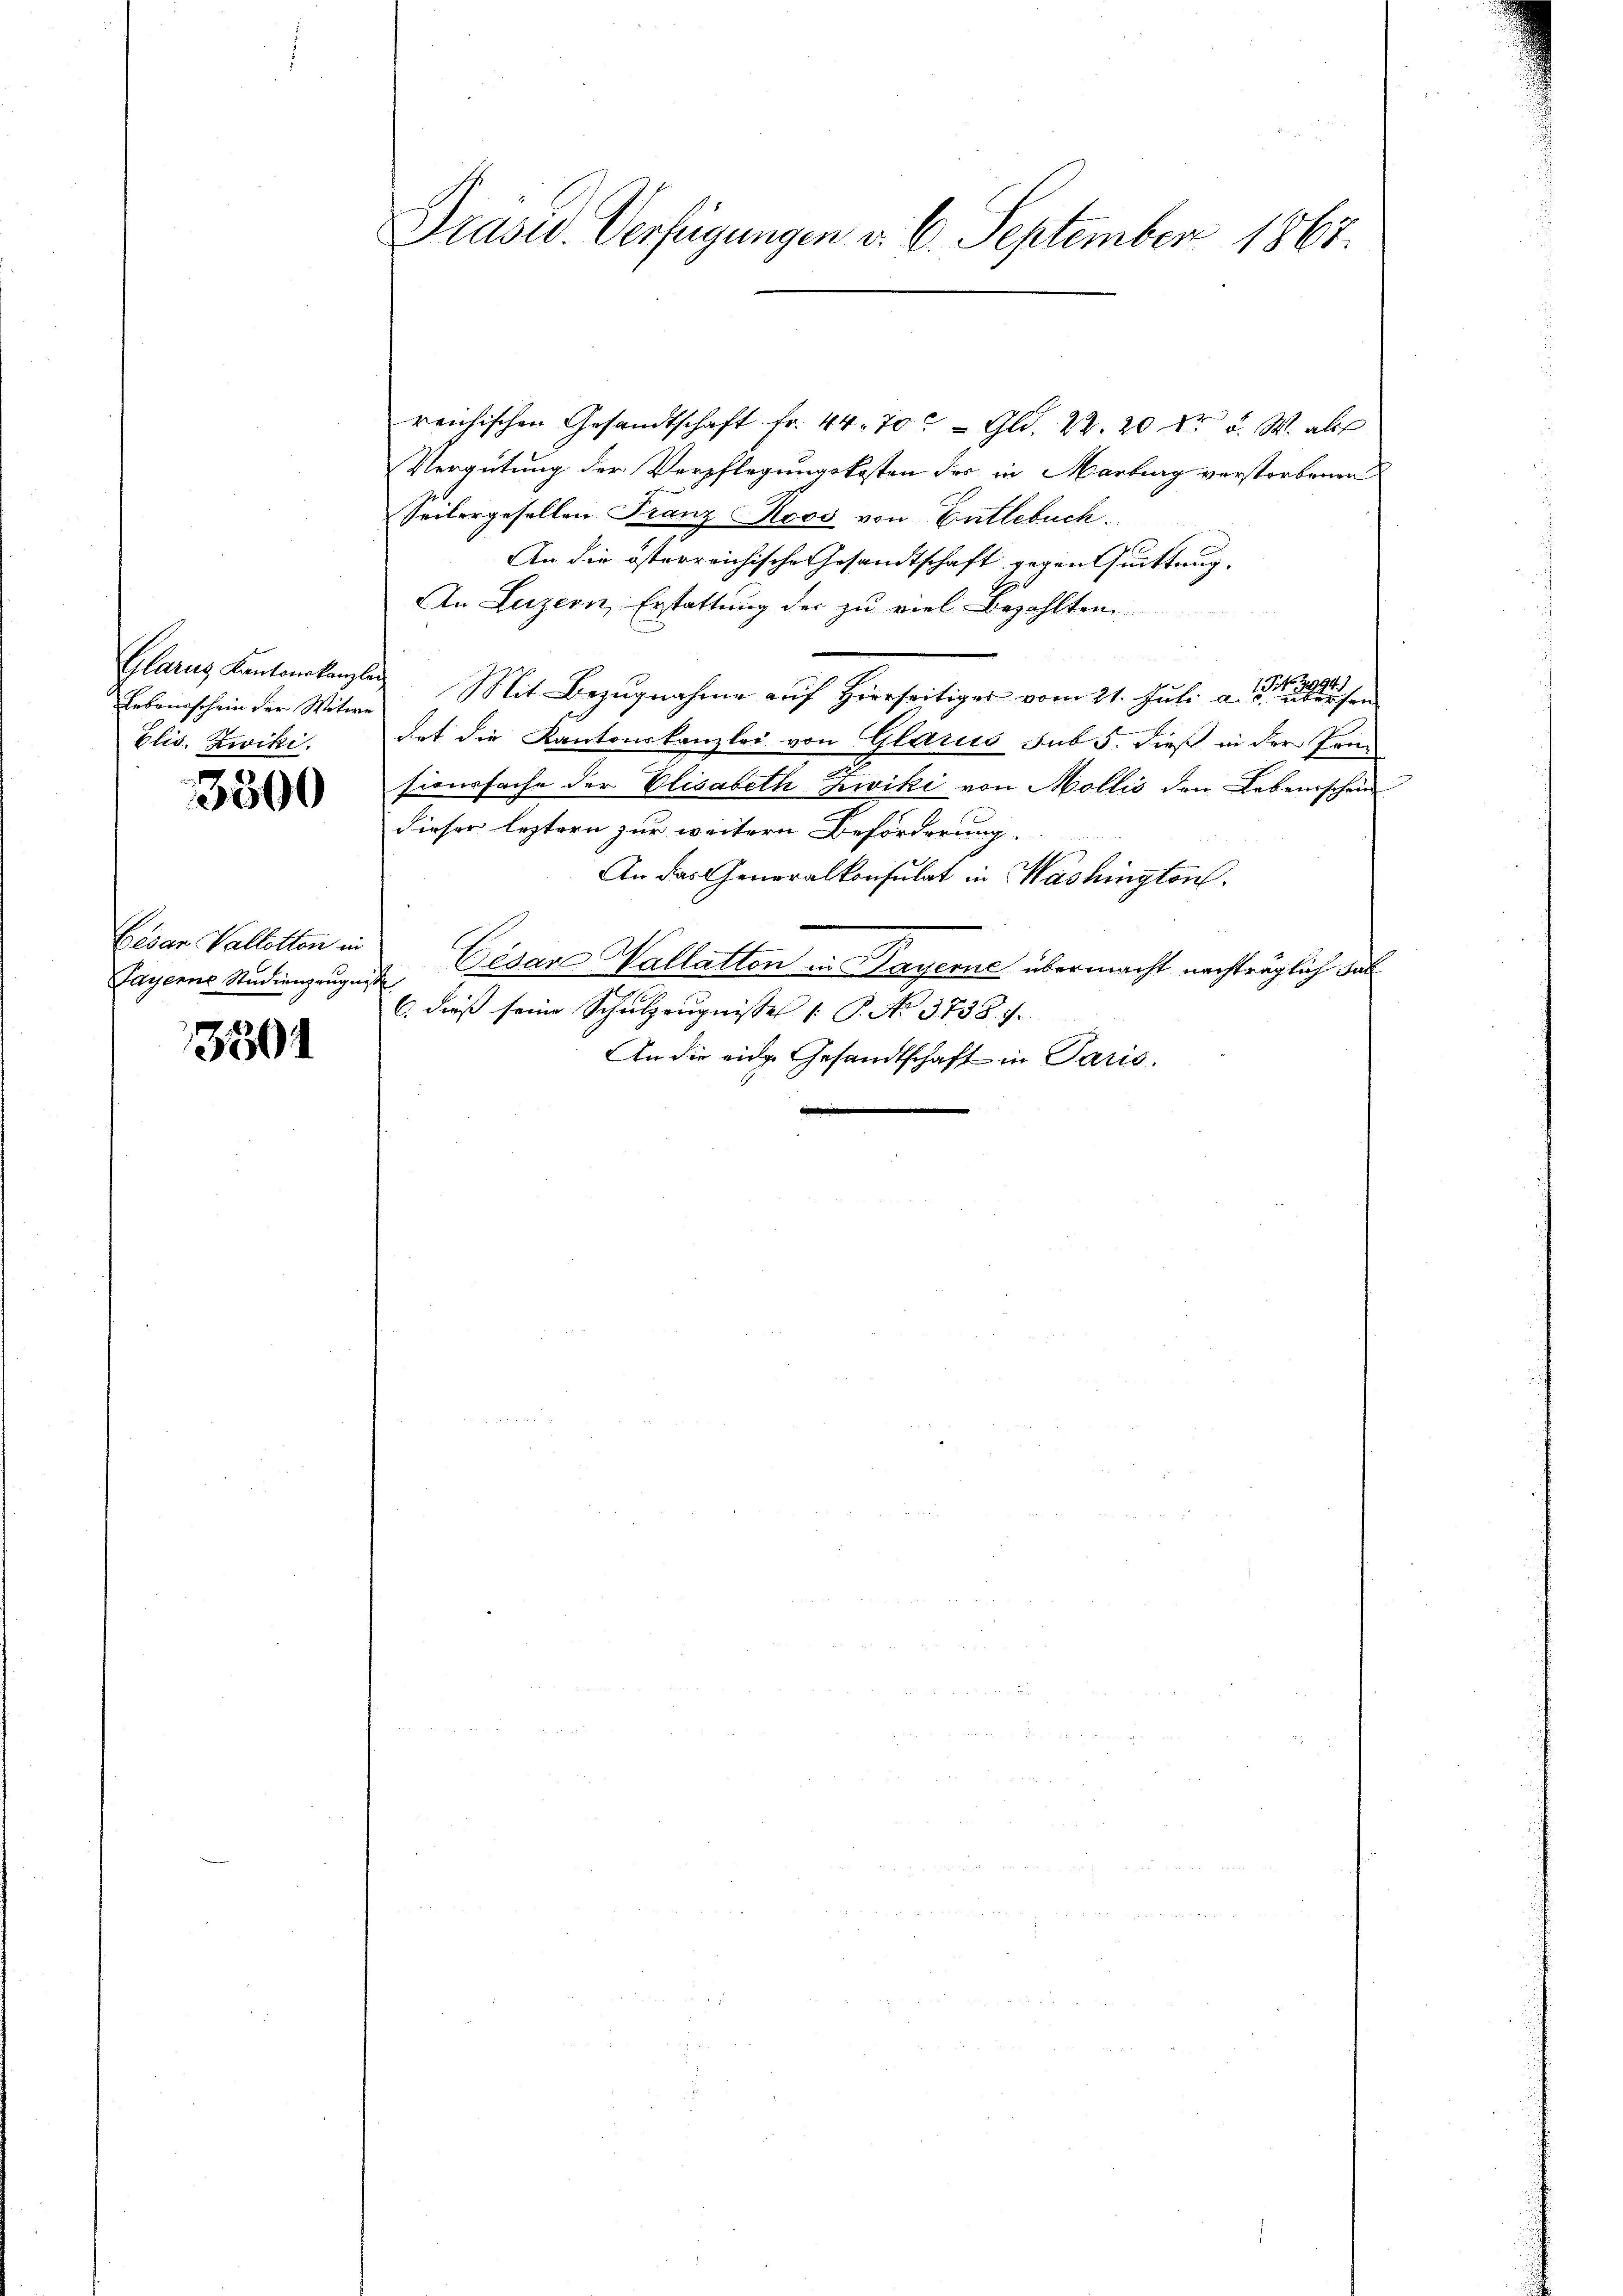
Leburschein der Witwe
Elis. Zwiki.

3300

Cesar Vallotton in
Payerne Studienzeugniss

13301

Prasur. Verfügungen v. 6. September 1867.

reichischen Gesandtschaft fr. 44. 70. - Gld. 22. 20 Xr a. W. als
Vergütung der Verpflegungskosten des in Marburg verstorbenen
Seilergesellen Franz Roos von Entlebuch.
An die österreichische Gesandtschaft gegen Quittung.
An Luzern, Erstattung der zu viel Bezahlten
Glarus Kantonskanzlei Mit Bezŭgnahme aŭf Hierseitiger vom 21. Juli a. a. a.
det die Kantonskanzlei von Glarus sub 5. dieß in der Pen-
sionsfache der Elisabeth Zwiki von Mollis den Lebensschein
dieser leztern zur weitern Beförderung.
An das Generalkonsulat in Washington
Césare Wallatten in Payerne übermacht nachträglich das
C. dieß seine Schulzeugnisses /: P. No 3738. 7.
An die eidg. Gesandtschaft in Paris.